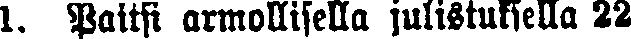
1. Paitsi armollisella julistuksella 22